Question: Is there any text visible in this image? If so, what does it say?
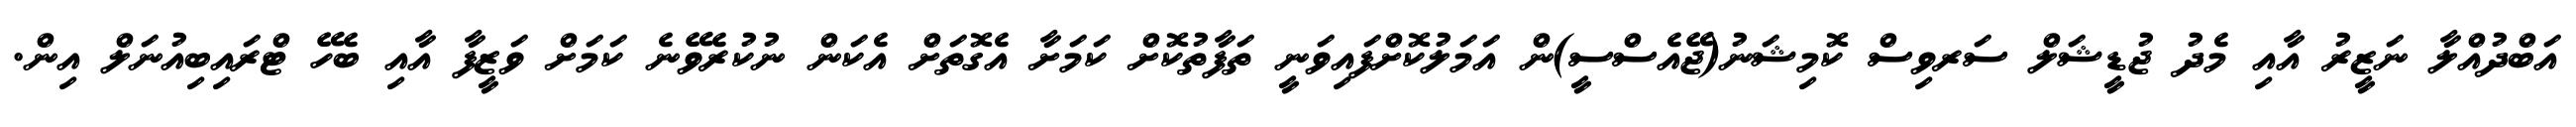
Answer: އަބްދުއްލާ ނަޒީރު އާއި މެދު ޖުޑީޝަލް ސަރވިސް ކޮމިޝަނު(ޖޭއެސްސީ)ން އަމަލުކޮށްފައިވަނީ ތަފާތުކޮށް ކަމަށާ އެގޮތަށް އެކަން ނުކުރެވޭނެ ކަމަށް ވަޒީފާ އާއި ބެހޭ ޓްރައިބިއުނަލް އިން.